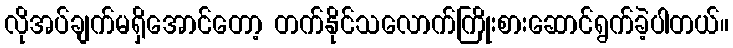
လိုအပ်ချက်မရှိအောင်တော့ တက်နိုင်သလောက်ကြိုးစားဆောင်ရွက်ခဲ့ပါတယ်။